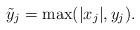
LaTeX: \begin{align*}\tilde{y}_j = \max(|x_j|, y_j).\end{align*}